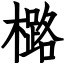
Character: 㯝